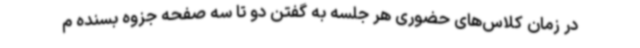
در زمان کلاس‌های حضوری هر جلسه به گفتن دو تا سه صفحه جزوه بسنده م